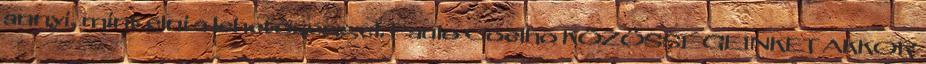
annyi, mint élni a lehetőséggel. Paulo Coelho KÖZÖSSÉGEINKET AKKOR